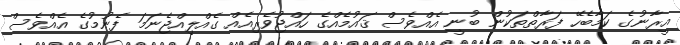
އީރާނުގެ ކަމާބެހޭ ފަރާތްތަކުން ބުނީ އެއްވެސް ޤައުމެއްގެ ހައްޖުވެރިއެއް ގެއްލިއްޖެނަމަ ފެނުމުގެ އެއްވެސް